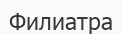
Филиатра